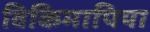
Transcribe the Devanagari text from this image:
विकिमापिया